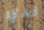
لدي